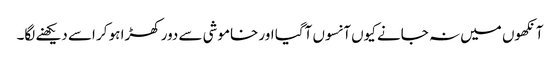
آنکھوں میں نہ جانے کیوں آنسوں آگیا اور خاموشی سے دور کھڑا ہو کر اسے دیکھنے لگا۔